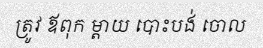
ត្រូវ ឪពុក ម្តាយ បោះបង់ ចោល